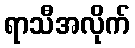
ရာသီအလိုက်